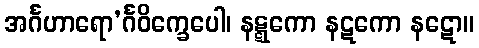
အင်္ဂဟာရော’င်္ဂဝိက္ခေပေါ၊ နဋ္ဋကော နဋကော နဋော။